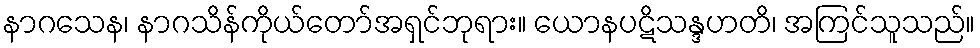
နာဂသေန၊ နာဂသိန်ကိုယ်တော်အရှင်ဘုရား။ ယောနပဋိသန္ဒဟတိ၊ အကြင်သူသည်။